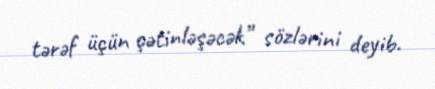
tərəf üçün çətinləşəcək” sözlərini deyib.